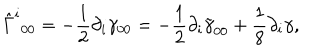
\hat { \Gamma } ^ { i } { } _ { 0 0 } = - \frac 1 2 \partial _ { i } \gamma _ { 0 0 } = - \frac 1 2 \partial _ { i } \tilde { \gamma } _ { 0 0 } + \frac 1 8 \partial _ { i } \gamma ,